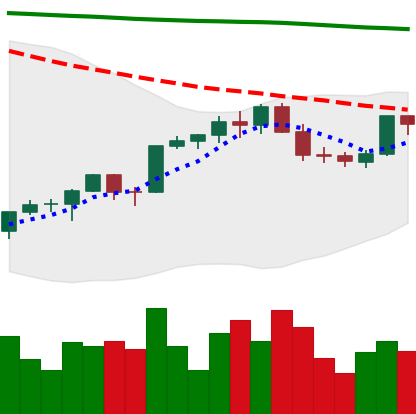
Ticker: ETH-USD
Chart end date: 2022-02-16
Forward return: -17.712%
Label: down_7plus